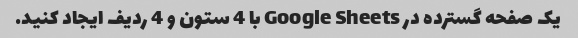
یک صفحه گسترده در Google Sheets با 4 ستون و 4 ردیف ایجاد کنید.